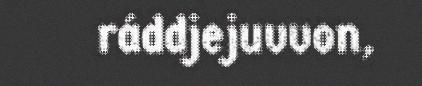
ráddjejuvvon,